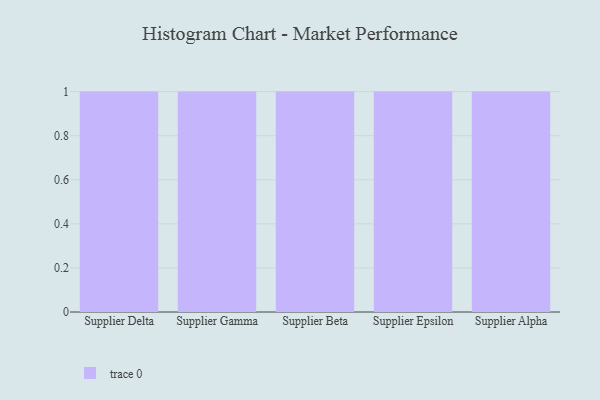
{"axis": {"x": "Supplier", "y": "Market Share (%)"}, "legend": [""], "data": [{"x": "Supplier Delta", "y": 10, "type": ""}, {"x": "Supplier Gamma", "y": 19, "type": ""}, {"x": "Supplier Beta", "y": 1, "type": ""}, {"x": "Supplier Epsilon", "y": 92, "type": ""}, {"x": "Supplier Alpha", "y": 75, "type": ""}]}